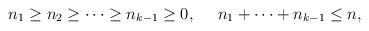
LaTeX: \begin{align*}n_1 \geq n_2 \geq \cdots \geq n_{k-1}\geq 0, ~~~~n_1 + \cdots + n_{k-1} \leq n,\end{align*}